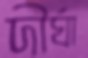
দীর্ঘা